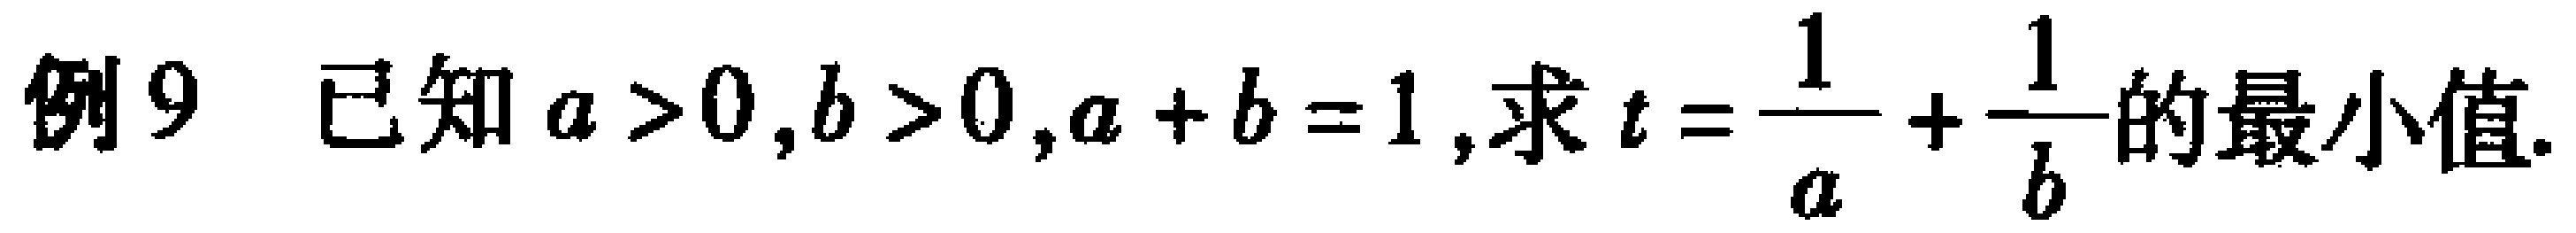
例9 已知\(a > 0,b > 0,a + b = 1\),求\(t=\frac{1}{a}+\frac{1}{b}\)的最小值.